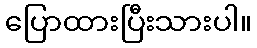
ပြောထားပြီးသားပါ။